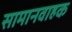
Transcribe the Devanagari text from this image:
सामानवाहक